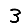
Digit: 3